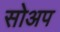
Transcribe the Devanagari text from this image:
सोअप